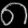
Digit: ၈